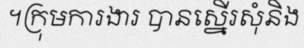
។ក្រុមការងារ បានស្នើរសុំនិង